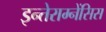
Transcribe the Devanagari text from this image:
इन्तेराम्नेंसिस